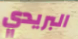
البريدي